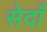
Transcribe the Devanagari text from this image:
सेदाँ